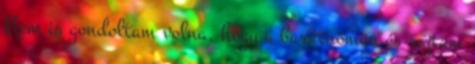
Nem is gondoltam volna, hogy a barátnőmön és rajtam